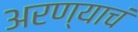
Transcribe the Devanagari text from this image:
अरण्याचं